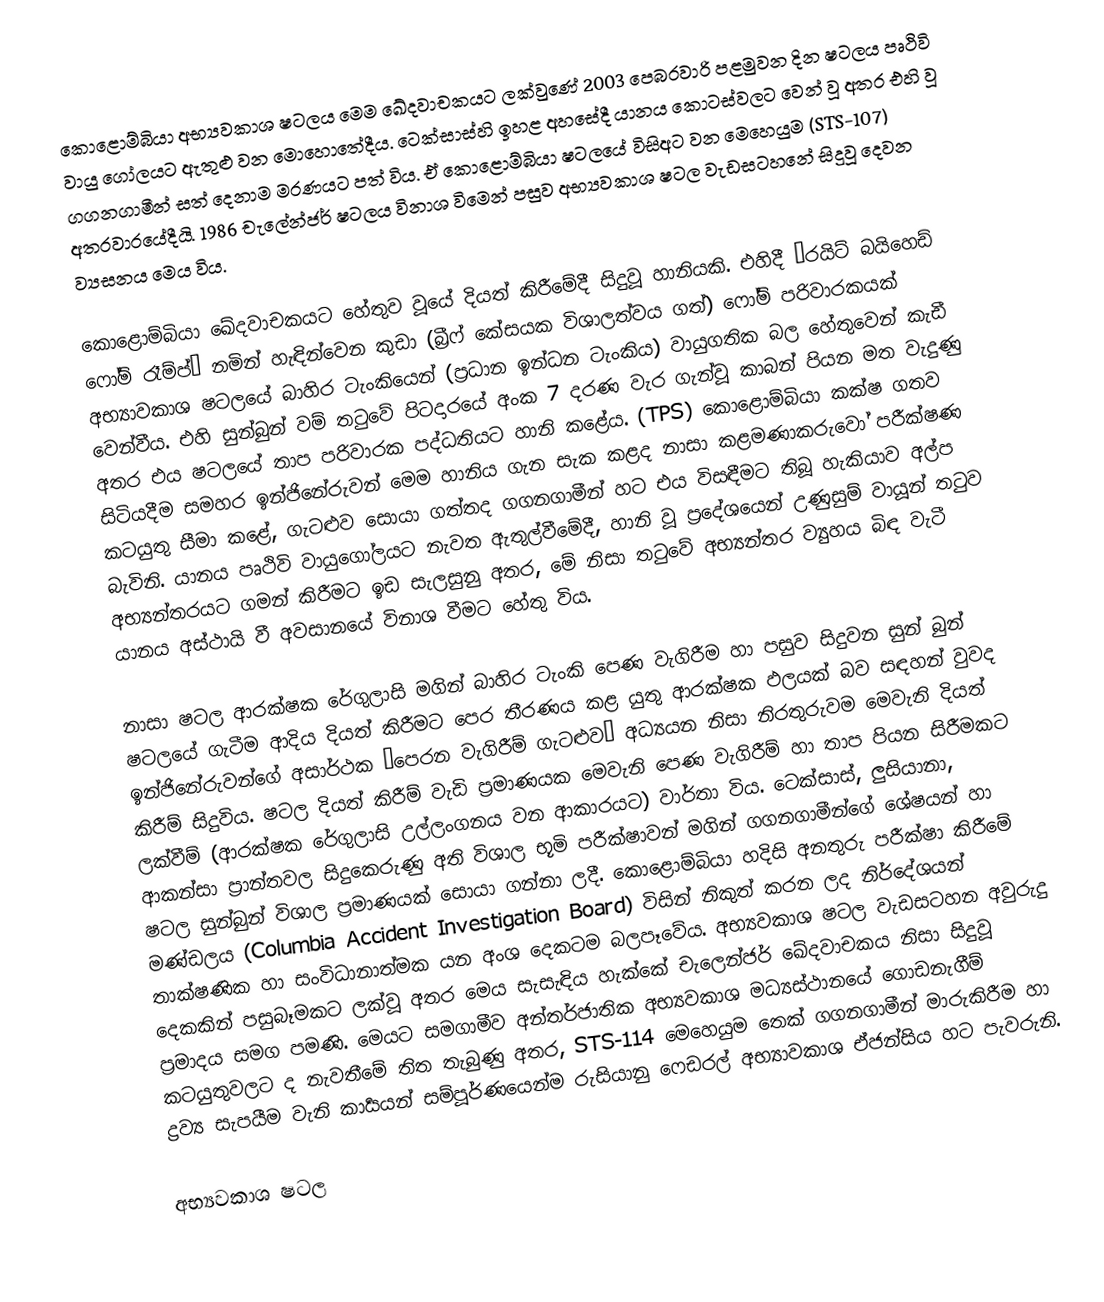
කොළොම්බියා අභ්‍යවකාශ ෂටලය මෙම ඛේදවාචකයට ලක්වුණේ 2003 පෙබරවාරි පළමුවන දින ෂටලය පෘථිවි වායු ගෝලයට ඇතුළු වන මොහොතේදීය. ටෙක්සාස්හි ඉහළ අහසේදී යානය කොටස්වලට වෙන් වූ අතර එහි වූ ගගනගාමීන් සත් දෙනාම මරණයට පත් විය. ඒ කොළොම්බියා ෂටලයේ විසිඅට වන මෙහෙයුම (STS-107) අතරවාරයේදීයි. 1986 චැලේන්ජර් ෂටලය විනාශ විමෙන් පසුව අභ්‍යවකාශ ෂටල වැඩසටහනේ සිදුවූ දෙවන ව්‍යසනය මෙය විය.

කොළොම්බියා ඛේදවාචකයට හේතුව වූයේ දියත් කිරීමේදී සිදුවූ හානියකි. එහිදී “රයිට් බයිහෙඩ් ෆෝම් රෑම්ප්” නමින් හැඳින්වෙන කුඩා (බ්‍රීෆ් කේසයක විශාලත්වය ගත්) ෆෝම් පරිවාරකයක් අභ්‍යාවකාශ ෂටලයේ බාහිර ටැංකියෙන් (ප්‍රධාන ඉන්ධන ටැංකිය) වායුගතික බල හේතුවෙන් කැඩී වෙන්වීය. එහි සුන්බුන් වම් තටුවේ පිටදාරයේ අංක 7 දරණ වැර ගැන්වූ කාබන් පියන මත වැදුණු අතර එය ෂටලයේ තාප පරිවාරක පද්ධතියට හානි කළේය. (TPS) කොළොම්බියා කක්ෂ ගතව සිටියදීම සමහර ඉන්ජිනේරුවන් මෙම හානිය ගැන සැක කළද නාසා කළමණාකරුවෝ පරීක්ෂණ කටයුතු සීමා කළේ, ගැටළුව සොයා ගත්තද ගගනගාමීන් හට එය විසඳීමට තිබූ හැකියාව අල්ප බැවිනි. යානය පෘථිවි වායුගෝලයට නැවත ඇතුල්වීමේදී, හානි වූ ප්‍රදේශයෙන් උණුසුම් වායූන් තටුව අභ්‍යන්තරයට ගමන් කිරීමට ඉඩ සැලසුනු අතර, මේ නිසා තටුවේ අභ්‍යන්තර ව්‍යුහය බිඳ වැටී යානය අස්ථායි වී අවසානයේ විනාශ වීමට හේතු විය.

නාසා ෂටල ආරක්ෂක රේගුලාසි මගින් බාහිර ටැංකි පෙණ වැගිරීම හා පසුව සිදුවන සුන් බුන් ෂටලයේ ගැටීම ආදිය දියත් කිරීමට පෙර තීරණය කළ යුතු ආරක්ෂක ඵලයක් බව සඳහන් වුවද ඉන්ජිනේරුවන්ගේ අසාර්ථක “පෙරන වැගිරීම් ගැටළුව” අධ්‍යයන නිසා  නිරතුරුවම මෙවැනි දියත් කිරීම් සිදුවිය. ෂටල දියත් කිරීම් වැඩි ප්‍රමාණයක මෙවැනි පෙණ වැගිරීම් හා තාප පියන සිරීමකට ලක්වීම් (ආරක්ෂක රේගුලාසි උල්ලංගනය වන ආකාරයට) වාර්තා විය. ටෙක්සාස්, ලුසියානා, ආකන්සා ප්‍රාන්තවල සිදුකෙරුණු අති විශාල භූමි පරීක්ෂාවන් මගින් ගගනගාමීන්ගේ ශේෂයන් හා ෂටල සුන්බුන් විශාල ප්‍රමාණයක් සොයා ගන්නා ලදී. කොළොම්බියා හදිසි අනතුරු පරීක්ෂා කිරීමේ මණ්ඩලය (Columbia Accident Investigation Board) විසින් නිකුත් කරන ලද නිර්දේශයන් තාක්ෂණික හා සංවිධානාත්මක යන අංශ දෙකටම බලපෑවේය. අභ්‍යවකා‍ශ ෂටල වැඩසටහන අවුරුදු දෙකකින් පසුබෑමකට ලක්වූ අතර මෙය සැසැඳිය හැක්කේ චැලෙන්ජර් ඛේදවාචකය නිසා සිදුවූ ප්‍රමාදය සමග පමණි. මෙයට සමගාමීව අන්තර්ජාතික අභ්‍යවකාශ මධ්‍යස්ථානයේ ගොඩනැගීම් කටයුතුවලට ද නැවතීමේ තිත තැබුණු අතර, STS-114 මෙහෙයුම තෙක් ගගනගාමීන් මාරුකිරීම හා ද්‍රව්‍ය සැපයීම වැනි කාර්‍යයන් සම්පූර්ණයෙන්ම රුසියානු ෆෙඩරල් අභ්‍යාවකාශ ඒජන්සිය හට පැවරුනි.

අභ්‍යවකාශ ෂටල